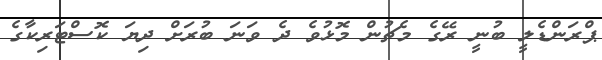
ޕްރަންޑެލީ ބުނީ ރޭގެ މެޗުން މޮޅުވެ ދެ ވަނަ ބުރަށް ދިޔަ ކޮސްޓަރިކާގެ